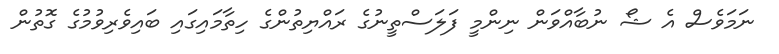
ނަމަވެސް އެ ޝޯ ނުބާއްވަން ނިންމީ ފަލަސްތީނުގެ ރައްޔިތުންގެ ހިތާމައިގައި ބައިވެރިވުމުގެ ގޮތުން